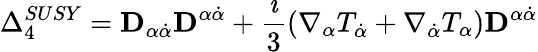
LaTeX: \Delta_{4}^{SUSY}={\mathbf D}_{\alpha\dot{\alpha}}{\mathbf D}^{\alpha\dot{\alpha}}+\frac{\imath}{3}\left(\nabla_{\alpha}T_{\dot{\alpha}}+\nabla_{\dot{\alpha}}T_{\alpha}\right){\mathbf D}^{\alpha\dot{\alpha}}